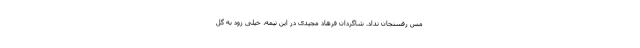
مس رفسنجان نداد. شاگردان فرهاد مجیدی در این نیمه،‌ خیلی زود به گل